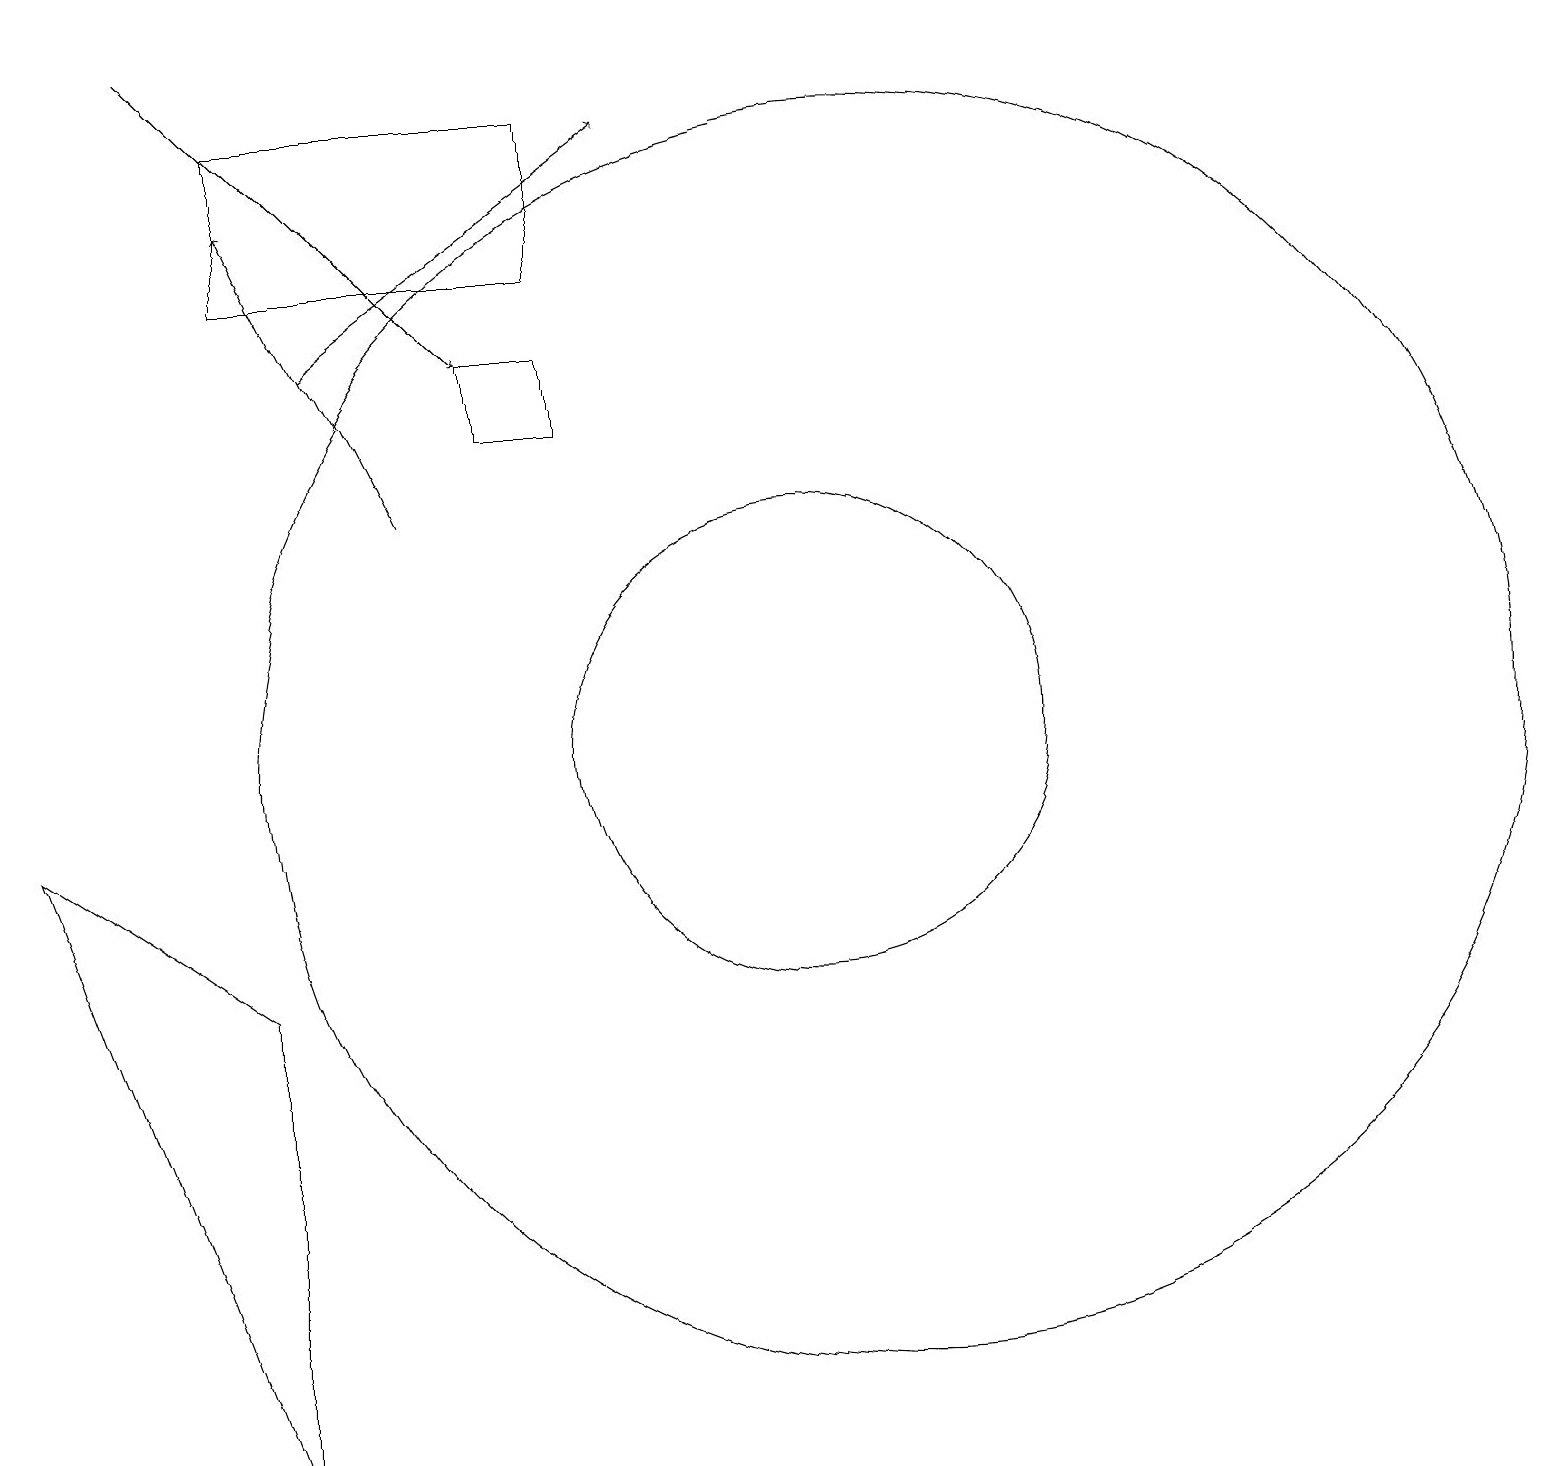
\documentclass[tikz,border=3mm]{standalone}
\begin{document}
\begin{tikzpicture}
\draw[->] (3,19) -- (7,15);
\draw[->] (6,13) -- (4,17);
\draw (11,10) circle (3);
\draw (12,10) circle (8);
\draw (4,16) rectangle (8,18);
\draw[->] (5,15) -- (9,18);
\draw (1,9) -- (4,7) -- (4,1) -- cycle;
\draw (7,14) rectangle (8,15);
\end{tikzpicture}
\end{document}